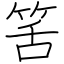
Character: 筈